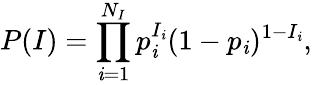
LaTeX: P(I)=\prod_{\mathit{i}=1}^{N_{I}}p_{\mathit{i}}^{I_{\mathit{i}}}(1-p_{\mathit{i}})^{1-I_{\mathit{i}}},